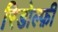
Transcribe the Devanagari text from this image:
रिडोल्फ़ी